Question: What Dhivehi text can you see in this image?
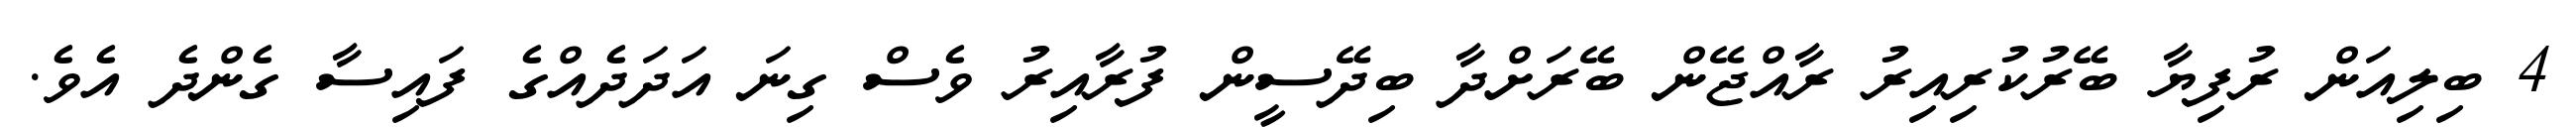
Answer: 4 ބިލިއަން ރުފިޔާ ބޭރުކުރިއިރު ރާއްޖޭން ބޭރަށްދާ ބިދޭސީން ފުރާއިރު ވެސް ގިނަ އަދަދެއްގެ ފައިސާ ގެންދެ އެވެ.